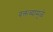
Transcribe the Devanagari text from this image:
वक्तव्यामुळे